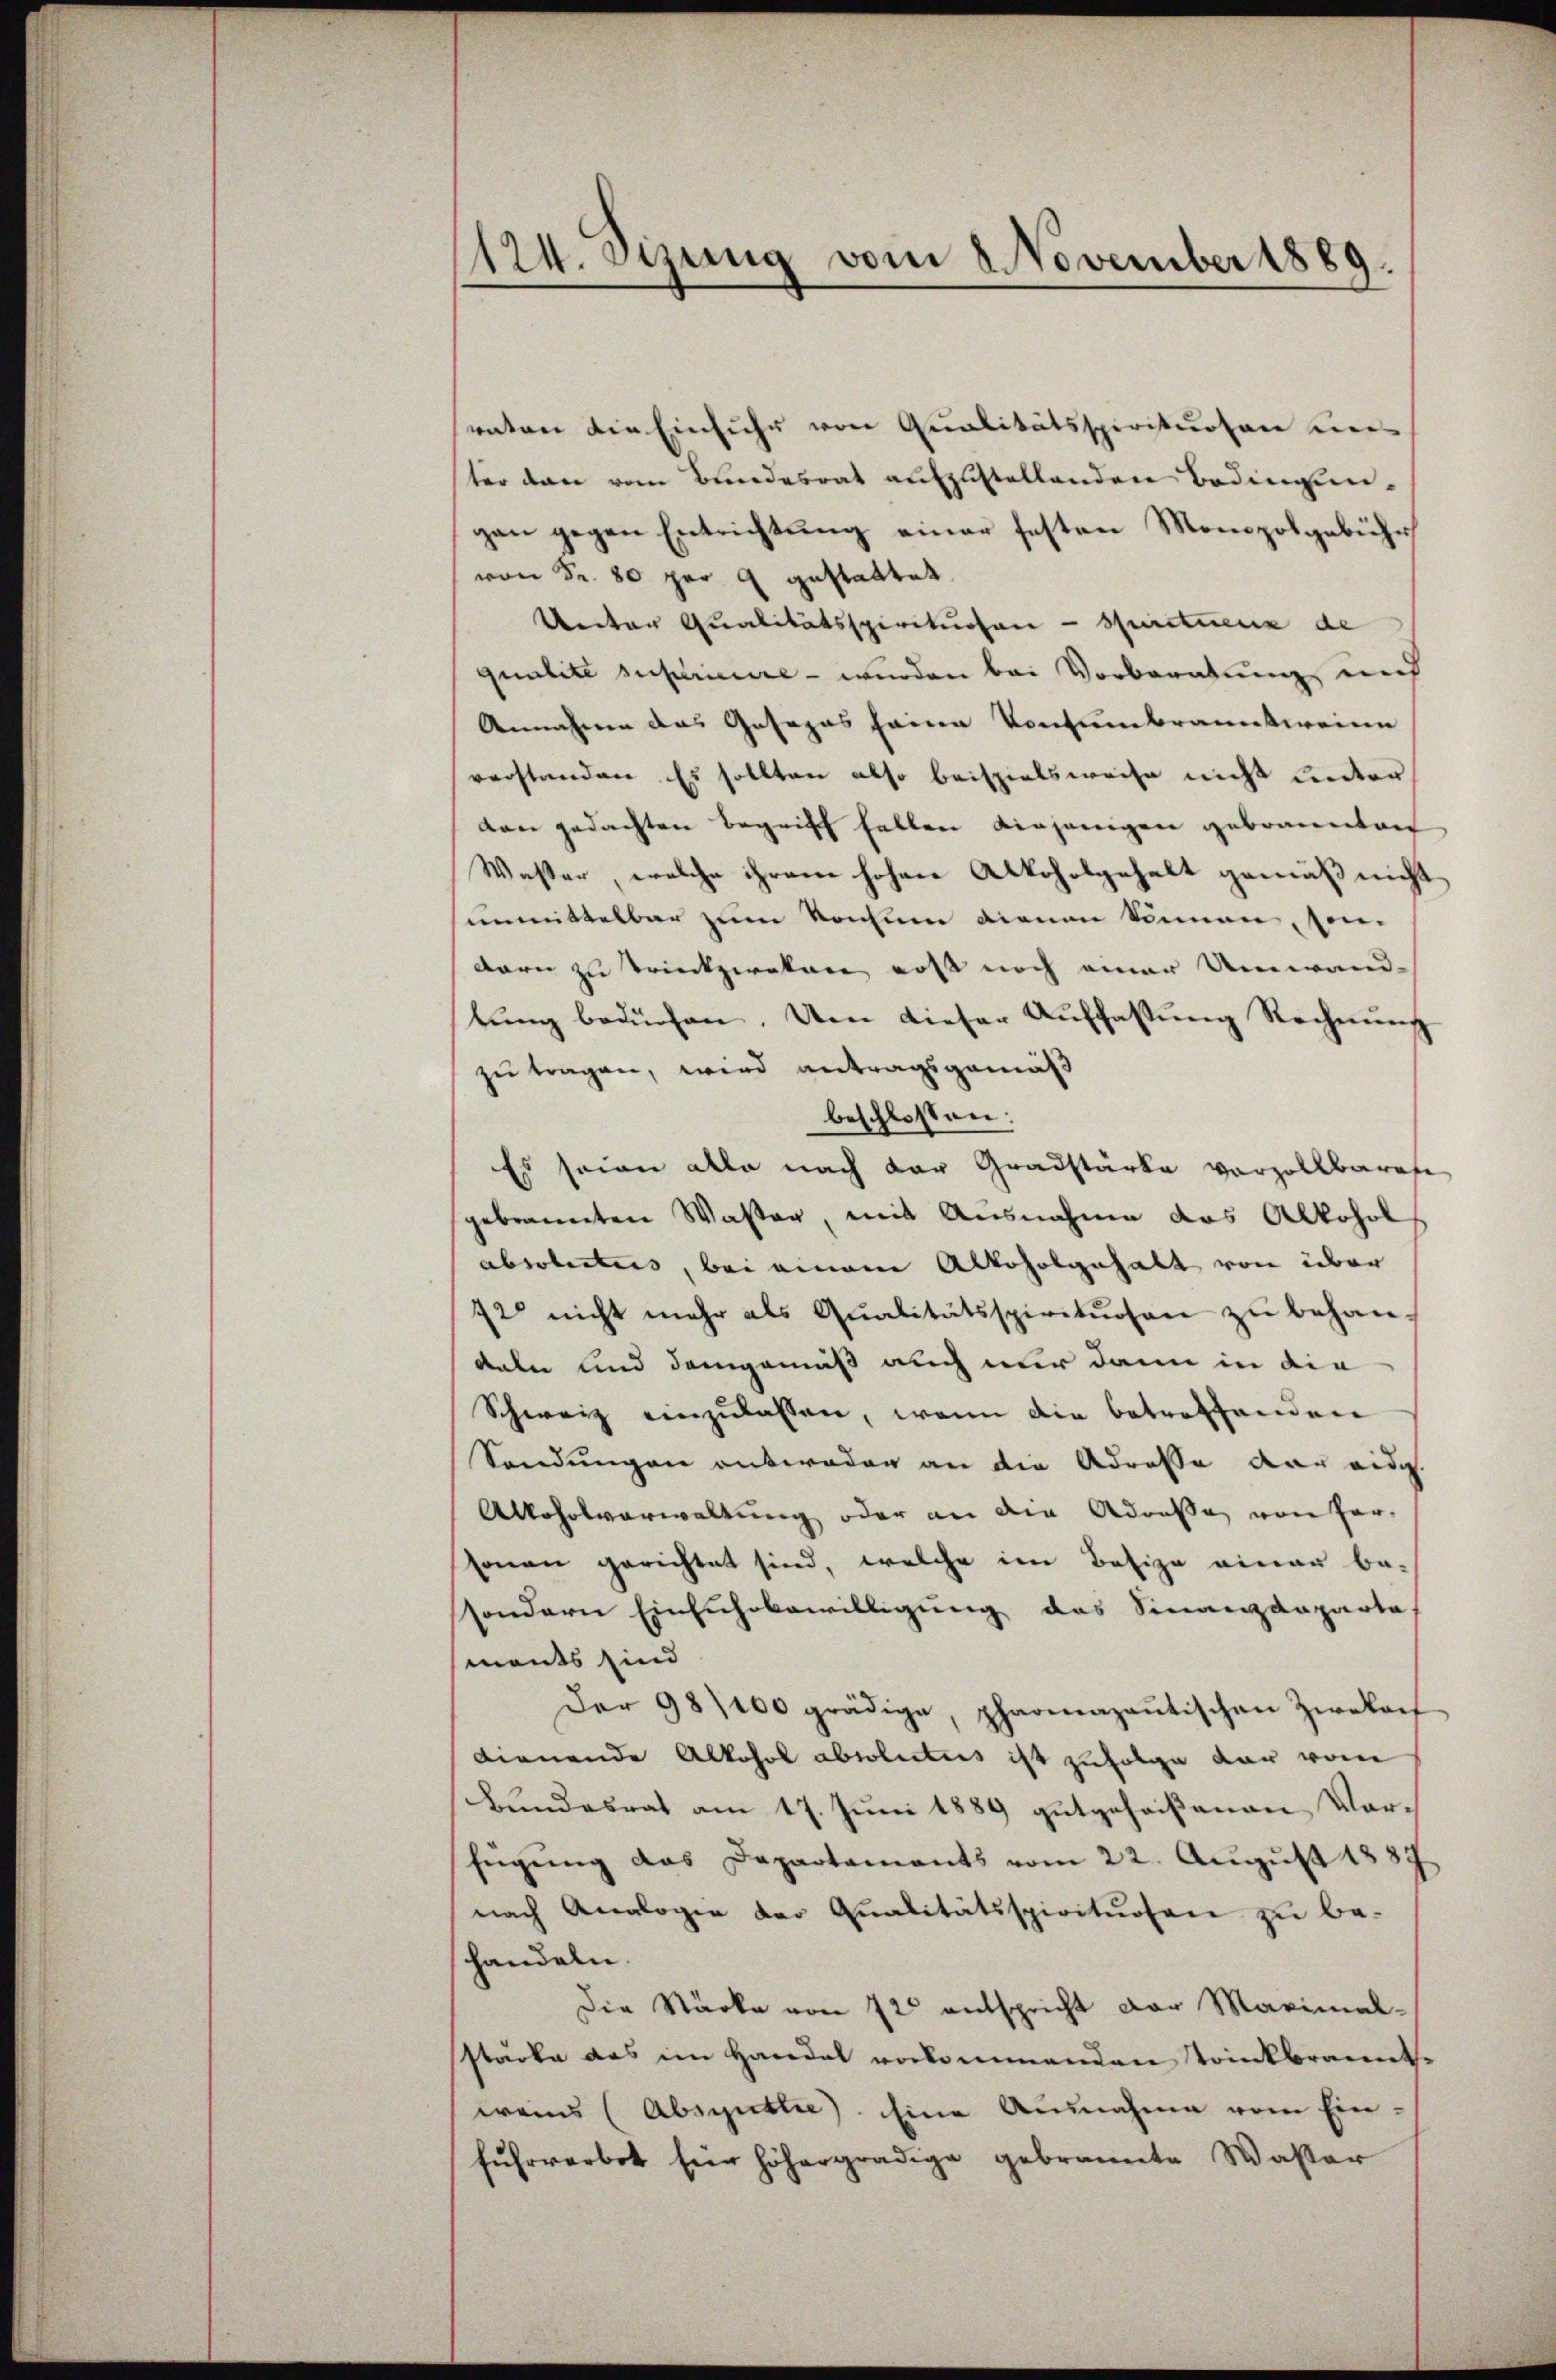
1124. Sizung vom 8. November 1889.

raten die Einfuhr von Qualitätsspirituosen eines
ster den vom Bundesrat aufzustellenden Bedingungan gegen Entrichtung einer festen Monopolgebühr
von Sr. 80 per 9 gestattet
Uerter Qualitätsspirituosen - spirituenz de
qualite sustrieure - wurden bei Vorberatung und
Annahme das Gesezes seine Konsumbranntweinen
verstanden Es sollten also beispielsweise nicht unter
van gedachten Begriff fallen diejenigen gebrauenten
Wasser, welche ihrem hohen Alkoholgehalt gemäß nicht
unmittelbar zum Konsum dienen können, son-
dern zu trinckzwakan erst noch einer Umwand-
tŭng bedürfen. Um dieser Auffassŭng Rechnŭng
zu tragen, wird antragsgemäß
beschlossen:
Es seien alle nach der Gradstärke vorzollbaren
gebrannten Wasser, mit Ausnahme das Alkohol
absolutes, bei einem Alkoholgehalt von über
72 nicht mehr als Qualitätsspirituosen zŭ behan-
dalen und demgemäß auch nur dann in die
Schweiz einzŭlassen, wenn die betreffenden
Sendungen entweder an die Adresse der eidg.
Allohnsverwaltung oder an die Adresse von Hersonen gerichtet sind, welche im Besize einer be-
sondern Einfuhrbewilligung des Finanzdeparta
ments sind
Der 981100 grädige, pharmazantischen Zwekauf
dienende Alkohol absolutes ist zufolge dar vom
Bundesrat am 17. Juni 1889 gutgeheißenen Vorfügŭng das Departaments vom 22. Aŭgŭst 1887
nach Analogie der Qualitätsspirituosen zu be-
shandeln.
Die Stärke von 72 entspricht der Maximal-
stärke das im Handel vorkommenden Trinkbrannte
weins (Absentlie). Eine Ausnahme vom Einfuhrverbot für höhergradige gebrannte Wasser